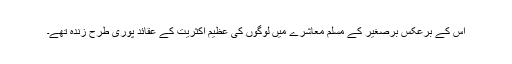
اس کے برعکس برصغیر کے مسلم معاشرے میں لوگوں کی عظیم اکثریت کے عقائد پوری طرح زندہ تھے۔